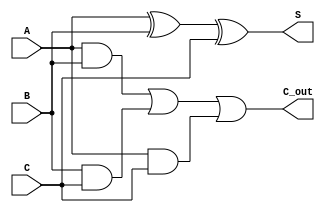
module carry_save_adder(
    input wire A,
    input wire B,
    input wire C,
    output wire S,
    output wire C_out
);
    // Sum output: S = A XOR B XOR C
    assign S = A ^ B ^ C;
    
    // Carry output: C_out = (A AND B) OR (B AND C) OR (A AND C)
    assign C_out = (A & B) | (B & C) | (A & C);
endmodule